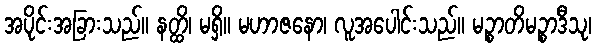
အပိုင်းအခြားသည်။ နတ္ထိ၊ မရှိ။ မဟာဇနော၊ လူအပေါင်းသည်။ မဉ္စာတိမဉ္စာဒီသု၊